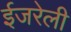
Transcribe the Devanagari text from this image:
ईजरेली